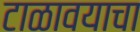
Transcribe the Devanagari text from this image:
टाळावयाचा